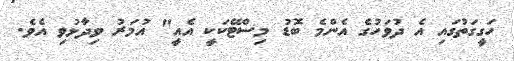
ހަގީގަތުގައި އެ ދުވަހުގެ އެންމެ ބޮޑު މިސްޓޭކަކީ އެއީ" އުމަރު ވިދާޅުވި އެވެ.